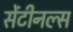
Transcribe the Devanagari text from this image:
सेंटीनल्स